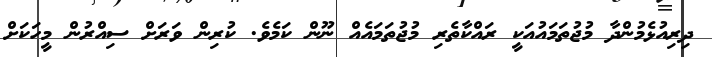
ދިރިއުޅެމުންދާ މުޖުތަމައުއަކީ ރައްކާތެރި މުޖުތަމައެއް ނޫން ކަމެވެ. ކުރިން ވަރަށް ސިއްރުން މީހަކަށް